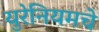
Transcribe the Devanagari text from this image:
युरेनियमचे